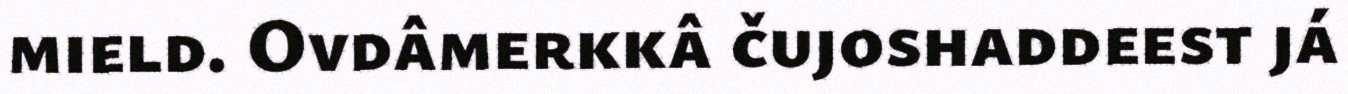
mield. Ovdâmerkkâ čujoshaddeest já